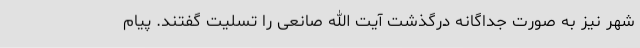
‌شهر نیز به صورت جداگانه درگذشت آیت الله صانعی را تسلیت گفتند. پیام